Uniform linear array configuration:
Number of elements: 32
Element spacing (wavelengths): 1
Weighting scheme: binomial
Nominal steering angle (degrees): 15
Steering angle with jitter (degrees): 16.272
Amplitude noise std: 0.05
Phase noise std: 0.05

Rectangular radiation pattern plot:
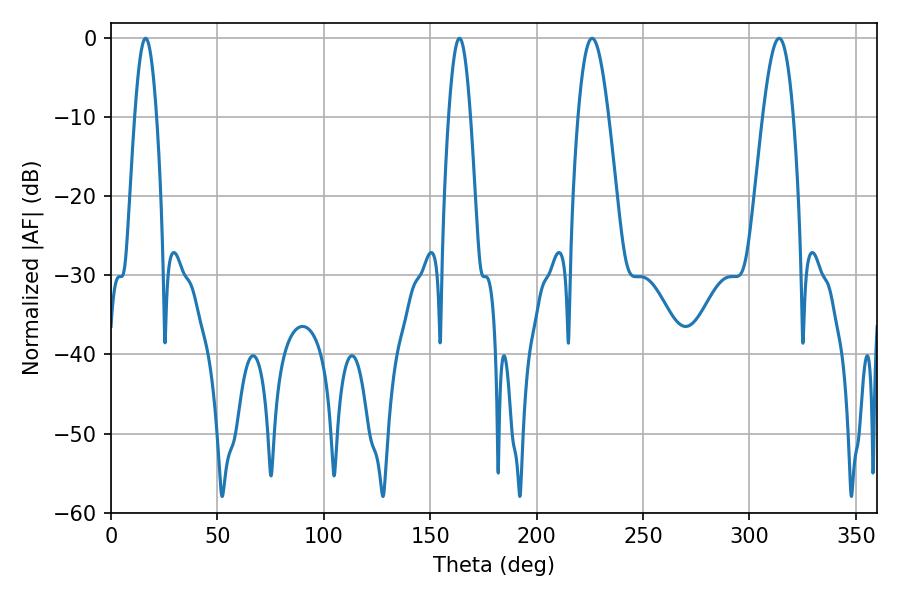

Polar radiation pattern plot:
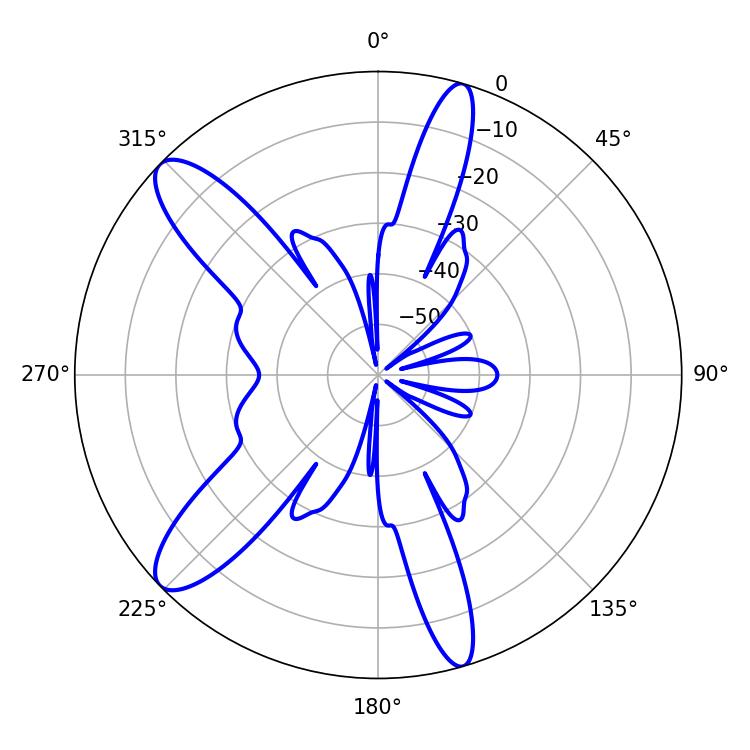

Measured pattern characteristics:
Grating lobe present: TRUE
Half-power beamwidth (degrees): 7.74
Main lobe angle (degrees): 313.92